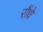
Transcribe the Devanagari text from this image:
रौंधे